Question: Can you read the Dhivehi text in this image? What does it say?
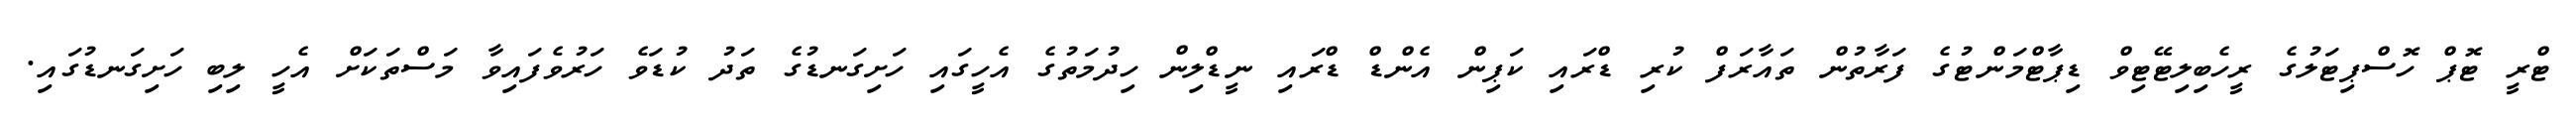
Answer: ޓްރީ ޓޮޕް ހޮސްޕިޓަލުގެ ރީހެބިލިޓޭޓިވް ޑިޕާޓްމަންޓުގެ ފަރާތުން ތައާރަފް ކުރި ޑްރައި ކަޕިން އެންޑް ޑްރައި ނީޑްލިން ހިދުމަތުގެ އެހީގައި ހަށިގަނޑުގެ ތަދު ކުޑަވެ ހަރުވެފައިވާ މަސްތަކަށް އެހީ ލިބި ހަށިގަނޑުގައި.